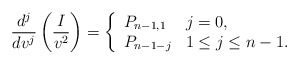
\begin{align*} \frac{d^j}{dv^j}\left(\frac{I}{v^2}\right)=\left\{ \begin{array}{ll} P_{n-1,1} & j=0,\\ P_{n-1-j} & 1\leq j\leq n-1. \end{array}\right.\end{align*}